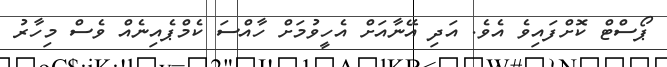
ޕޯސްޓް ކޮށްފައިވެ އެވެ. އަދި އޭނާއަށް އެހީވުމަށް ހާއްސަ ކެމްޕެއިނެއް ވެސް މިހާރު